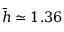
\bar { h } \simeq 1 . 3 6